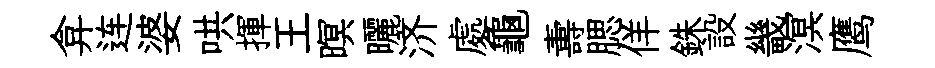
弇连婆哄揮王暝曬济處龜夀腮佯銖設畿溟鹰